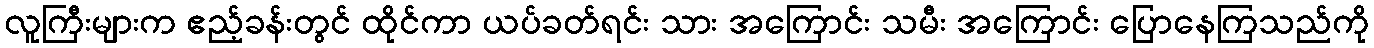
လူကြီးများက ဧည့်ခန်းတွင် ထိုင်ကာ ယပ်ခတ်ရင်း သား အကြောင်း သမီး အကြောင်း ပြောနေကြသည်ကို